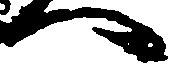
へ